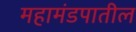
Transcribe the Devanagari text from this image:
महामंडपातील